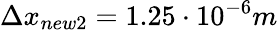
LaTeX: \Delta x_{new2}=1.25\cdot 10^{-6}m